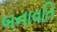
બનાવતિ